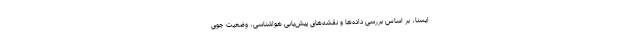
ایسنا، بر اساس بررسی داده‌ها و نقشه‌های پیش‌یابی هواشناسی، وضعیت جوی